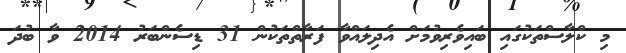
މި ކްލާސްތަކުގައި ބައިވެރިވުމަށް އެދިލައްވާ ފަރާތްތަކުން 31 ޑިސެންބަރު 2014 ވާ ބުދަ